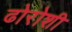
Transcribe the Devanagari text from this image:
ढोरोशी